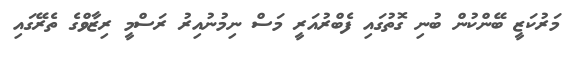
މަރުކަޒީ ބޭންކުން ބުނި ގޮތުގައި ފެބްރުއަރީ މަސް ނިމުނުއިރު ރަސްމީ ރިޒާވްގެ ތެރޭގައި